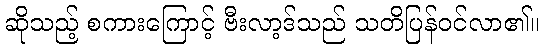
ဆိုသည့် စကားကြောင့် ဗီးလာ့ဒ်သည် သတိပြန်ဝင်လာ၏။